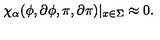
\chi _ { \alpha } ( \phi , \partial \phi , \pi , \partial \pi ) | _ { x \in \Sigma } \approx 0 .